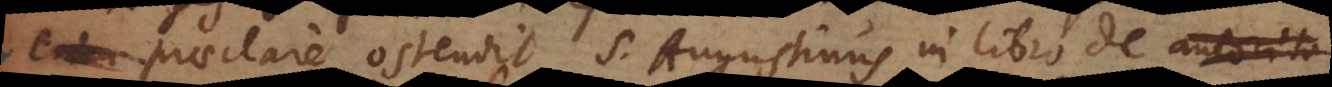
praeclare ostendit S. Augustinus in libro de autorita